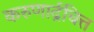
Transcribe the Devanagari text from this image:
करुणार्द्रचित्त